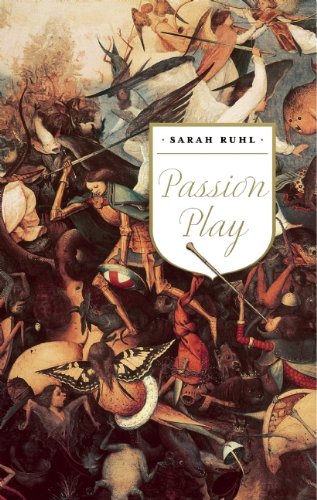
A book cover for Passion Play (TCG Edition); Sarah Ruhl; Literature & Fiction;